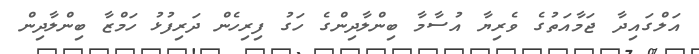
އަލްގައިދާ ޖަމާއަތުގެ ވެރިޔާ އުސާމާ ބިންލާދިންގެ ހަގު ފިރިހެން ދަރިފުޅު ހަމްޒާ ބިންލާދިން